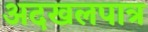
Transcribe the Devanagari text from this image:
अदखलपात्र